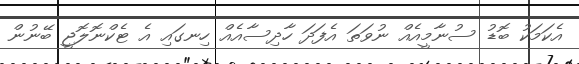
އެކަމަކު ބޮޑު ސުނާމީއެއް ނުވަތަ އެފަދަ ހާދިސާއެއް ހިނގައި އެ ޓެކްނޮލޮޖީ ބޭނުން